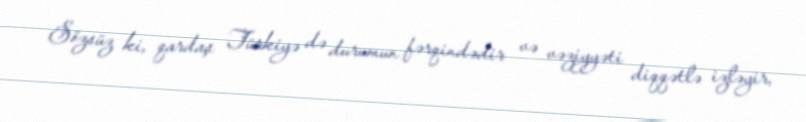
Sözsüz ki, qardaş Türkiyə də durumun fərqindədir və vəziyyəti diqqətlə izləyir,